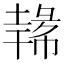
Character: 𪤐